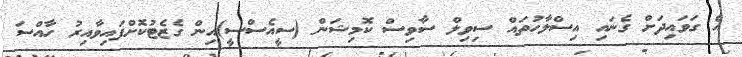
އެ ގަވައިދަށް ގެނައި އިސްލާހުތައް ސިވިލް ސާވިސް ކޮމިޝަން (ސީއެސްސީ)އިން ގެޒެޓުކޮށްފައިވާއިރު ހާއްސަ